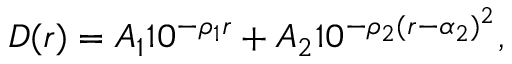
D ( r ) = A _ { 1 } 1 0 ^ { - \rho _ { 1 } r } + A _ { 2 } 1 0 ^ { - \rho _ { 2 } ( r - \alpha _ { 2 } ) ^ { 2 } } ,